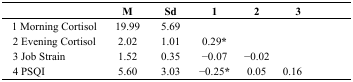
<table><thead><tr><td></td><td><b>M</b></td><td><b>Sd</b></td><td><b>1</b></td><td><b>2</b></td><td><b>3</b></td><td></td></tr></thead><tbody><tr><td>1 Morning Cortisol</td><td>19.99</td><td>5.69</td><td></td><td></td><td></td><td></td></tr><tr><td>2 Evening Cortisol</td><td>2.02</td><td>1.01</td><td>0.29*</td><td></td><td></td><td></td></tr><tr><td>3 Job Strain</td><td>1.52</td><td>0.35</td><td>−0.07</td><td>−0.02</td><td></td><td></td></tr><tr><td>4 PSQI</td><td>5.60</td><td>3.03</td><td>−0.25*</td><td>0.05</td><td>0.16</td><td></td></tr></tbody></table>